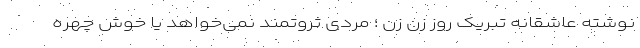
نوشته عاشقانه تبریک روز زن زن ؛ مردی ثروتمند نمی‌خواهد یا خوش چهره